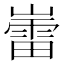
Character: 𫶘